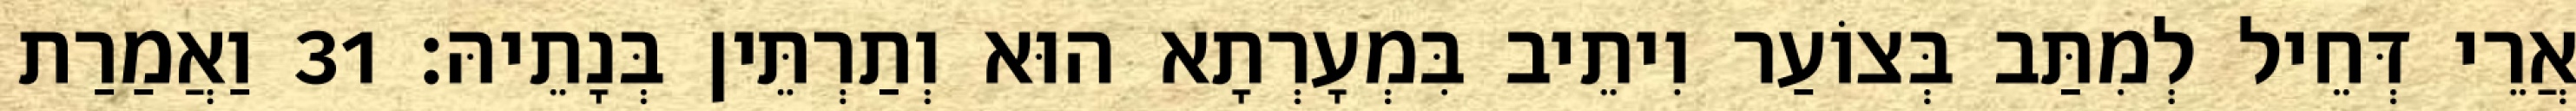
אֲרֵי דְּחֵיל לְמִתַּב בְּצוֹעַר וִיתֵיב בִּמְעָרְתָא הוּא וְתַרְתֵּין בְּנָתֵיהּ׃ 31 וַאֲמַרַת